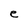
Character: e